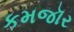
કમજૉર